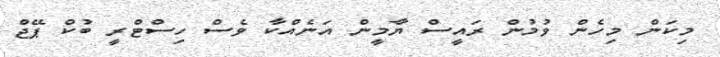
މިކަން މިހެން ވުމުން ރައީސް ޔާމީން އަނެއްކާ ވެސް ހިސްޓްރީ ބުކް ޕޭޖް